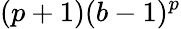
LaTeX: (p+1)(b-1)^{p}